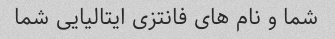
شما و نام های فانتزی ایتالیایی شما